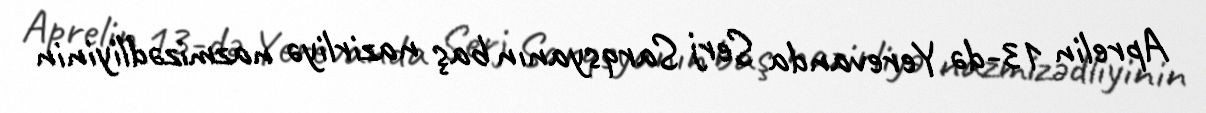
Aprelin 13-də Yerevanda Serj Sarqsyanın baş nazirliyə nazmizədliyinin